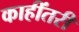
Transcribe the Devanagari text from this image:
काहींतरी